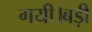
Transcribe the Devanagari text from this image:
गयी।बड़ी